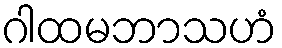
ဂါထမဘာသဟံ